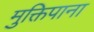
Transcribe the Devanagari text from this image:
मुक्तिपाना